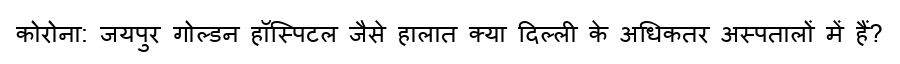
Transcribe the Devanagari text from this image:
कोरोना: जयपुर गोल्डन हॉस्पिटल जैसे हालात क्या दिल्ली के अधिकतर अस्पतालों में हैं?